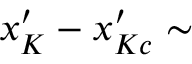
x _ { K } ^ { \prime } - x _ { K c } ^ { \prime } \sim